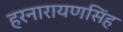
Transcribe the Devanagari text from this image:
हरनारायणसिंह